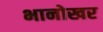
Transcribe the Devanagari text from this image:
भानोखर